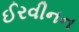
ઈરવીનન